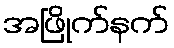
အဖြိုက်နက်